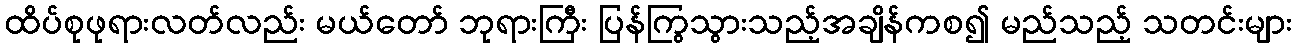
ထိပ်စုဖုရားလတ်လည်း မယ်တော် ဘုရားကြီး ပြန်ကြွသွားသည့်အချိန်ကစ၍ မည်သည့် သတင်းများ